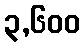
၃,၆၀၀